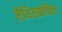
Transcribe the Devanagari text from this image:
मैथिलकोकिल